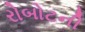
રોબોટની